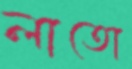
লাতো